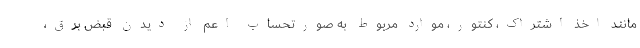
مانند اخذ اشتراک، کنتور، موارد مربوط به صورتحساب اعم از دیدن قبض برق،